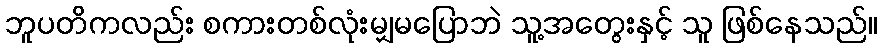
ဘူပတိကလည်း စကားတစ်လုံးမျှမပြောဘဲ သူ့အတွေးနှင့် သူ ဖြစ်နေသည်။